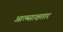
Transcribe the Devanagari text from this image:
आत्म्साक्षतार